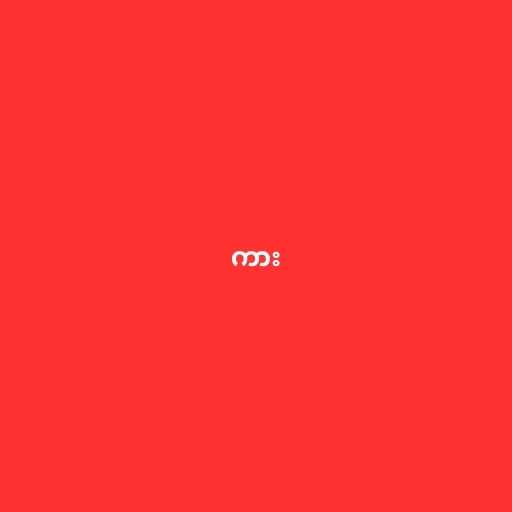
ကား